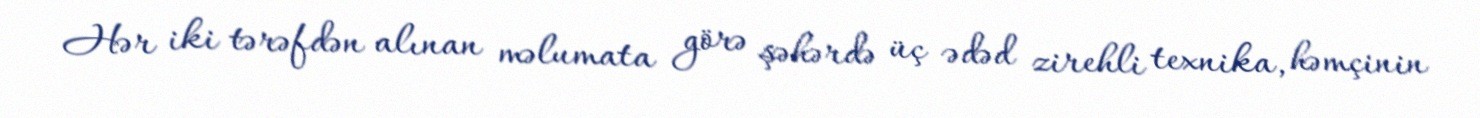
Hər iki tərəfdən alınan məlumata görə şəhərdə üç ədəd zirehli texnika, həmçinin